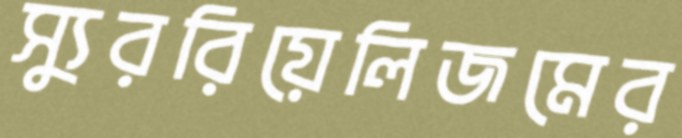
স্যুররিয়েলিজমের